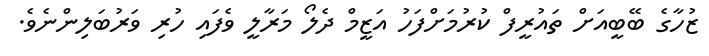
ޒުހާގެ ބޭބީއަށް ތައުރީފް ކުރުމަށްފަހު އަޒީމް ދެލޯ މަރާލީ ވެފައި ހުރި ވަރުބަލިންނެވެ.